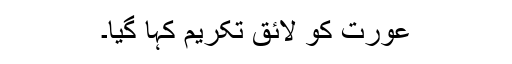
عورت کو لائق تکریم کہا گیا۔